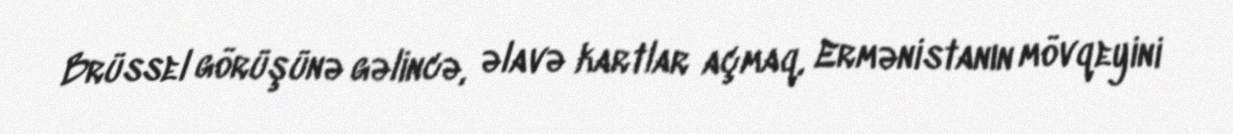
Brüssel görüşünə gəlincə, əlavə kartlar açmaq, Ermənistanın mövqeyini